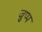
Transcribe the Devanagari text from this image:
जुप्प